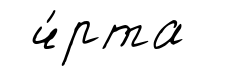
ч́рта